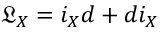
\mathfrak { L } _ { X } = i _ { X } d + d i _ { X }